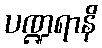
ပဏ္ဍရာနိ